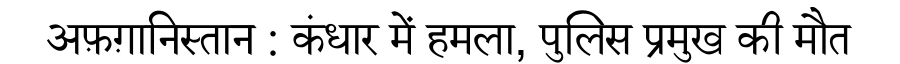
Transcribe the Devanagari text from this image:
अफ़ग़ानिस्तान : कंधार में हमला, पुलिस प्रमुख की मौत